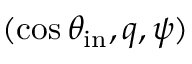
( \cos \theta _ { \mathrm { i n } } , q , \psi )